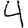
Digit: 4